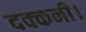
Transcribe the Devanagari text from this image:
दक्कनी।